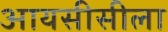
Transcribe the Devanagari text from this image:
आयसीसीला